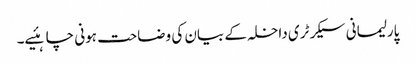
پارلیمانی سیکرٹری داخلہ کے بیان کی وضاحت ہونی چاہئیے۔